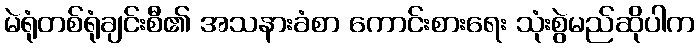
မဲရုံတစ်ရုံချင်းစီ၏ အသနားခံစာ ကောင်းစားရေး သုံးစွဲမည်ဆိုပါက